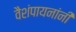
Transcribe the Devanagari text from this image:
वैशंपायनांनी